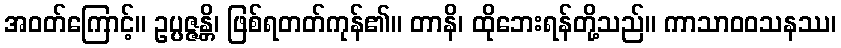
အဝတ်ကြောင့်။ ဥပ္ပဇ္ဇန္တိ၊ ဖြစ်ရတတ်ကုန်၏။ တာနိ၊ ထိုဘေးရန်တို့သည်။ ကာသာဝဝသနဿ၊